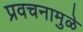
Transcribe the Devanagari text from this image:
प्रवचनामुळे